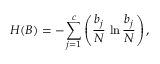
H ( B ) = - \sum _ { j = 1 } ^ { c } \left( \frac { b _ { j } } { N } \, \ln \frac { b _ { j } } { N } \right) ,